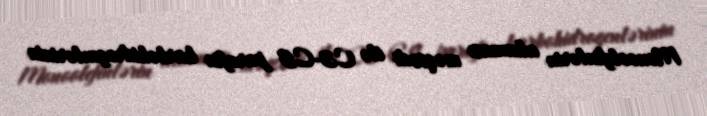
Monoolefinlərin alınması məqsədi ilə C3-C5 parafin karbohidrogenlərinin